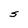
Character: S